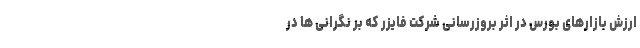
ارزش بازارهای بورس در اثر بروزرسانی شرکت فایزر که بر نگرانی ها در